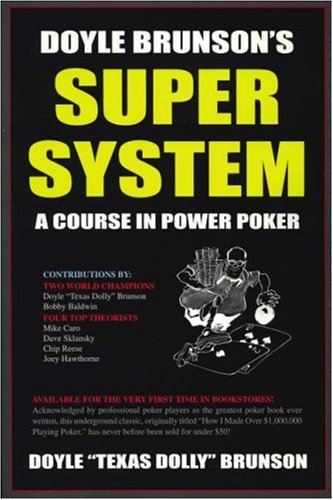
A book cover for Doyle Brunson's Super System; Doyle 'Texas Dolly' Brunson; Humor & Entertainment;